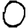
Digit: 0